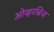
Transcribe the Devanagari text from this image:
ओव्हरब्रिज